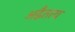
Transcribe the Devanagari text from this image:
अद्वैतत्व